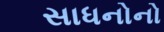
સાધનોનો